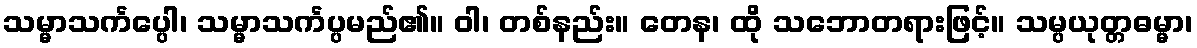
သမ္မာသင်္ကပ္ပေါ၊ သမ္မာသင်္ကပ္ပမည်၏။ ဝါ၊ တစ်နည်း။ တေန၊ ထို သဘောတရားဖြင့်။ သမ္ပယုတ္တဓမ္မာ၊